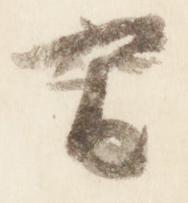
間